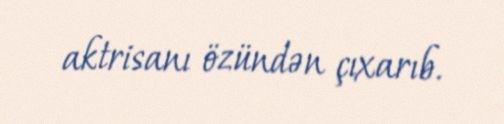
aktrisanı özündən çıxarıb.